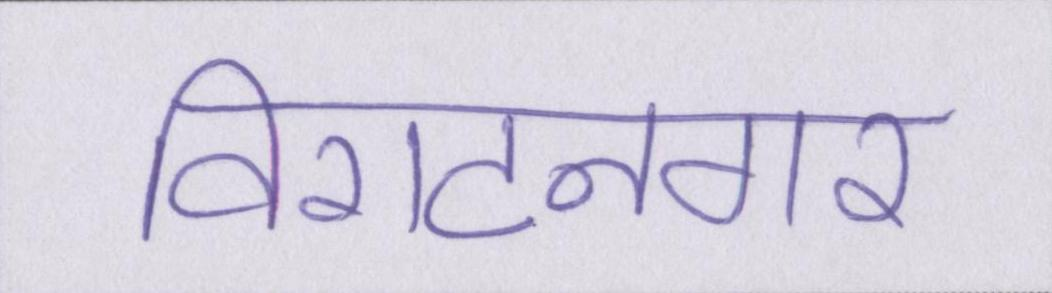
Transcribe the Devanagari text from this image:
विराटनगर